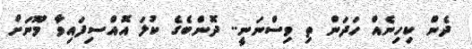
ދެން ކިހިނެއް ހަދަން ތި ވިސްނަނީ.. ދޮންބެގެ ކުލަ އޮއްސިފައިވާ މޫނަށް